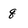
Character: q